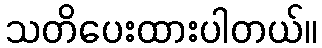
သတိပေးထားပါတယ်။